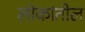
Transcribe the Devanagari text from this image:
लोकांतील